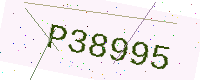
Text: P38995